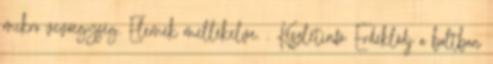
mikro vevőegység. Elemek mellékelve. . Készletinfó: Érdeklődj a boltban